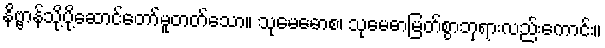
နိဗ္ဗာန်သို့ပို့ဆောင်တော်မူတတ်သော။ သုမေဓောစ၊ သုမေဓာမြတ်စွာဘုရားလည်းကောင်း။